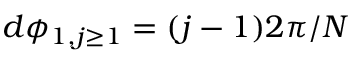
d \phi _ { 1 , j \geq 1 } = ( j - 1 ) 2 \pi / N